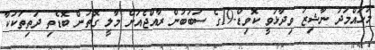
މުހައްމަދު ނާޝިޒު ވިދާޅުވީ ކޮވިޑް-19ގެ ސަބަބުން ރާއްޖެއަށް މާލީ ގޮތުން ބޮޑެތި ދަތިތަކަކާ